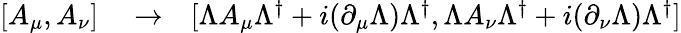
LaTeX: \begin{array}{rlr}{[A_{\mu},A_{\nu}]}&{{}\to}&{[\Lambda A_{\mu}\Lambda^{\dagger}+i(\partial_{\mu}\Lambda)\Lambda^{\dagger},\Lambda A_{\nu}\Lambda^{\dagger}+i(\partial_{\nu}\Lambda)\Lambda^{\dagger}]}\end{array}